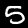
Digit: 5